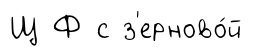
Щ Ф с з'ерново́й